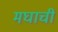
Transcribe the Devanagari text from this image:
मघाची